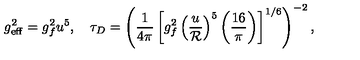
g _ { \mathrm { e f f } } ^ { 2 } = g _ { f } ^ { 2 } u ^ { 5 } , \quad \tau _ { D } = \left( { \frac { 1 } { 4 \pi } } \left[ g _ { f } ^ { 2 } \left( { \frac { u } { \cal R } } \right) ^ { 5 } \left( { \frac { 1 6 } { \pi } } \right) \right] ^ { 1 / 6 } \right) ^ { - 2 } ,